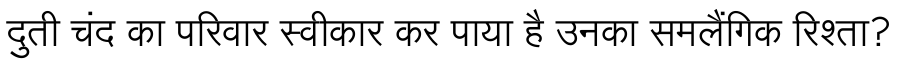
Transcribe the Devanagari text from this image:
दुती चंद का परिवार स्वीकार कर पाया है उनका समलैंगिक रिश्ता?